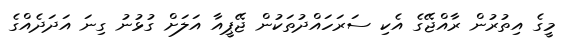
މީގެ އިތުރުން ރާއްޖޭގެ އެކި ސަރަހައްދުތަކުން ޖޭޕީއާ އަލަށް ގުޅުނު ގިނަ އަދަދެއްގެ